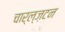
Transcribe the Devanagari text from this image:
चार्ल्ज़टन